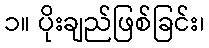
၁။ ပိုးချည်ဖြစ်ခြင်း၊